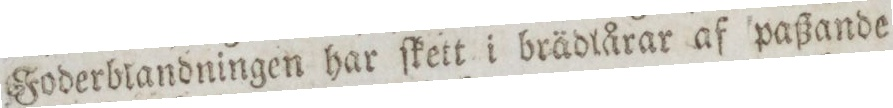
Foderblandningen har ſkett i brädlårar af paßande